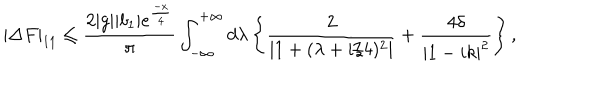
LaTeX: | \Delta F | _ { 1 1 } \leq \frac { 2 | g | | b _ { 1 } | e ^ { \frac { - x } { 4 } } } { \pi } \int _ { - \infty } ^ { + \infty } d \lambda \left\{ \frac { 2 } { | 1 + ( \lambda + i / 4 ) ^ { 2 } | } + \frac { 4 \delta } { | 1 - i k | ^ { 2 } } \right\} ,